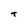
Character: t